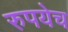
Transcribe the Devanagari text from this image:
रुपयेच